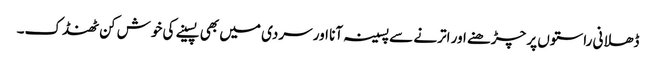
ڈھلانی راستوں پر چڑھنے اور اترنے سے پسینہ آنا اور سردی میں بھی پسینے کی خوش کن ٹھنڈک۔